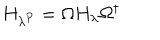
LaTeX: H _ { \lambda ^ { P } } = \Omega H _ { \lambda } \Omega ^ { \dagger }